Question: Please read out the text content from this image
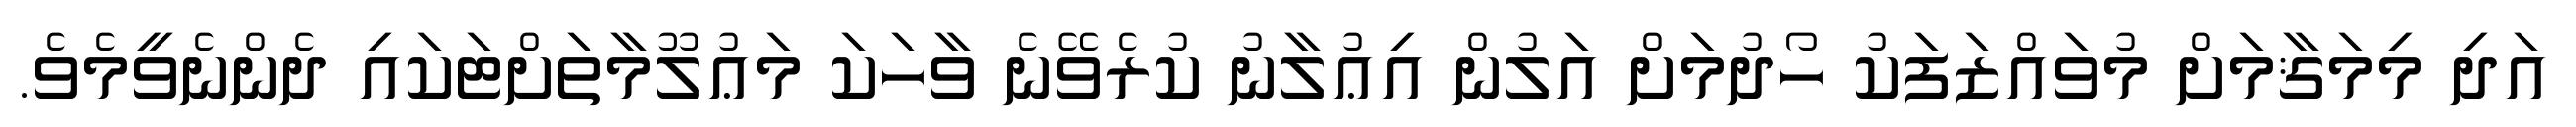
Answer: އަދި މިމަޤާމަށް މުވައްޒަފަކު ހޯދުމަށް އަލުން އިޢުލާނު ކުރެވޭނެ ވާހަކަ މަޢުލޫމާތަށްޓަކައި ދެންނެވީމެވެ.